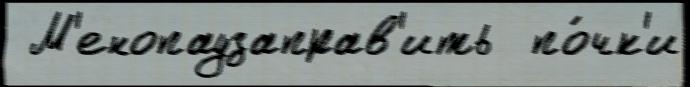
 М'енопаузаправ'ить  по́чк'и